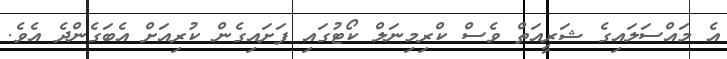
އެ މައްސަލައިގެ ޝަރީއަތް ވެސް ކްރިމިނަލް ކޯޓުގައި ފަށައިގެން ކުރިއަށް އެބަގެންދެ އެވެ.